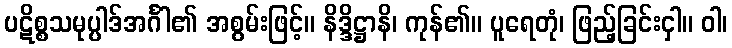
ပဋိစ္စသမုပ္ပါဒ်အင်္ဂါ၏ အစွမ်းဖြင့်။ နိဒ္ဒိဋ္ဌာနိ၊ ကုန်၏။ ပူရေတုံ၊ ဖြည့်ခြင်းငှါ။ ဝါ၊